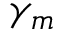
\gamma _ { m }